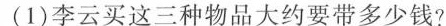
(1)李云买这三种物品大约要带多少钱?